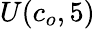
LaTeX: U(c_{o},5)